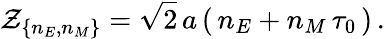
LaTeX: {\cal Z}_{\{ n_{E},n_{M}\} }=\sqrt{2}\, a\left(\, n_{E}+n_{M}\, \tau_{0}\, \right)\, .